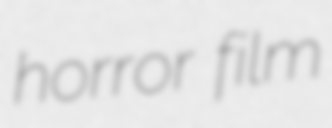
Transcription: horror film